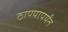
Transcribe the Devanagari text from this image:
ठाण्यापर्यंत